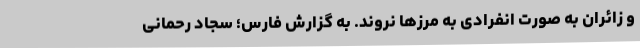
و زائران به صورت انفرادی به مرزها نروند. به گزارش فارس؛ سجاد رحمانی